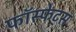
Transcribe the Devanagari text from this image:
फॉस्फेट्स